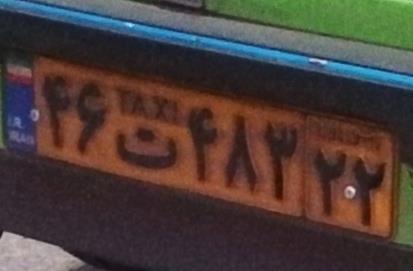
۴۶ت۴۸۳۲۲